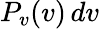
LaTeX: P_{v}(v)\, dv